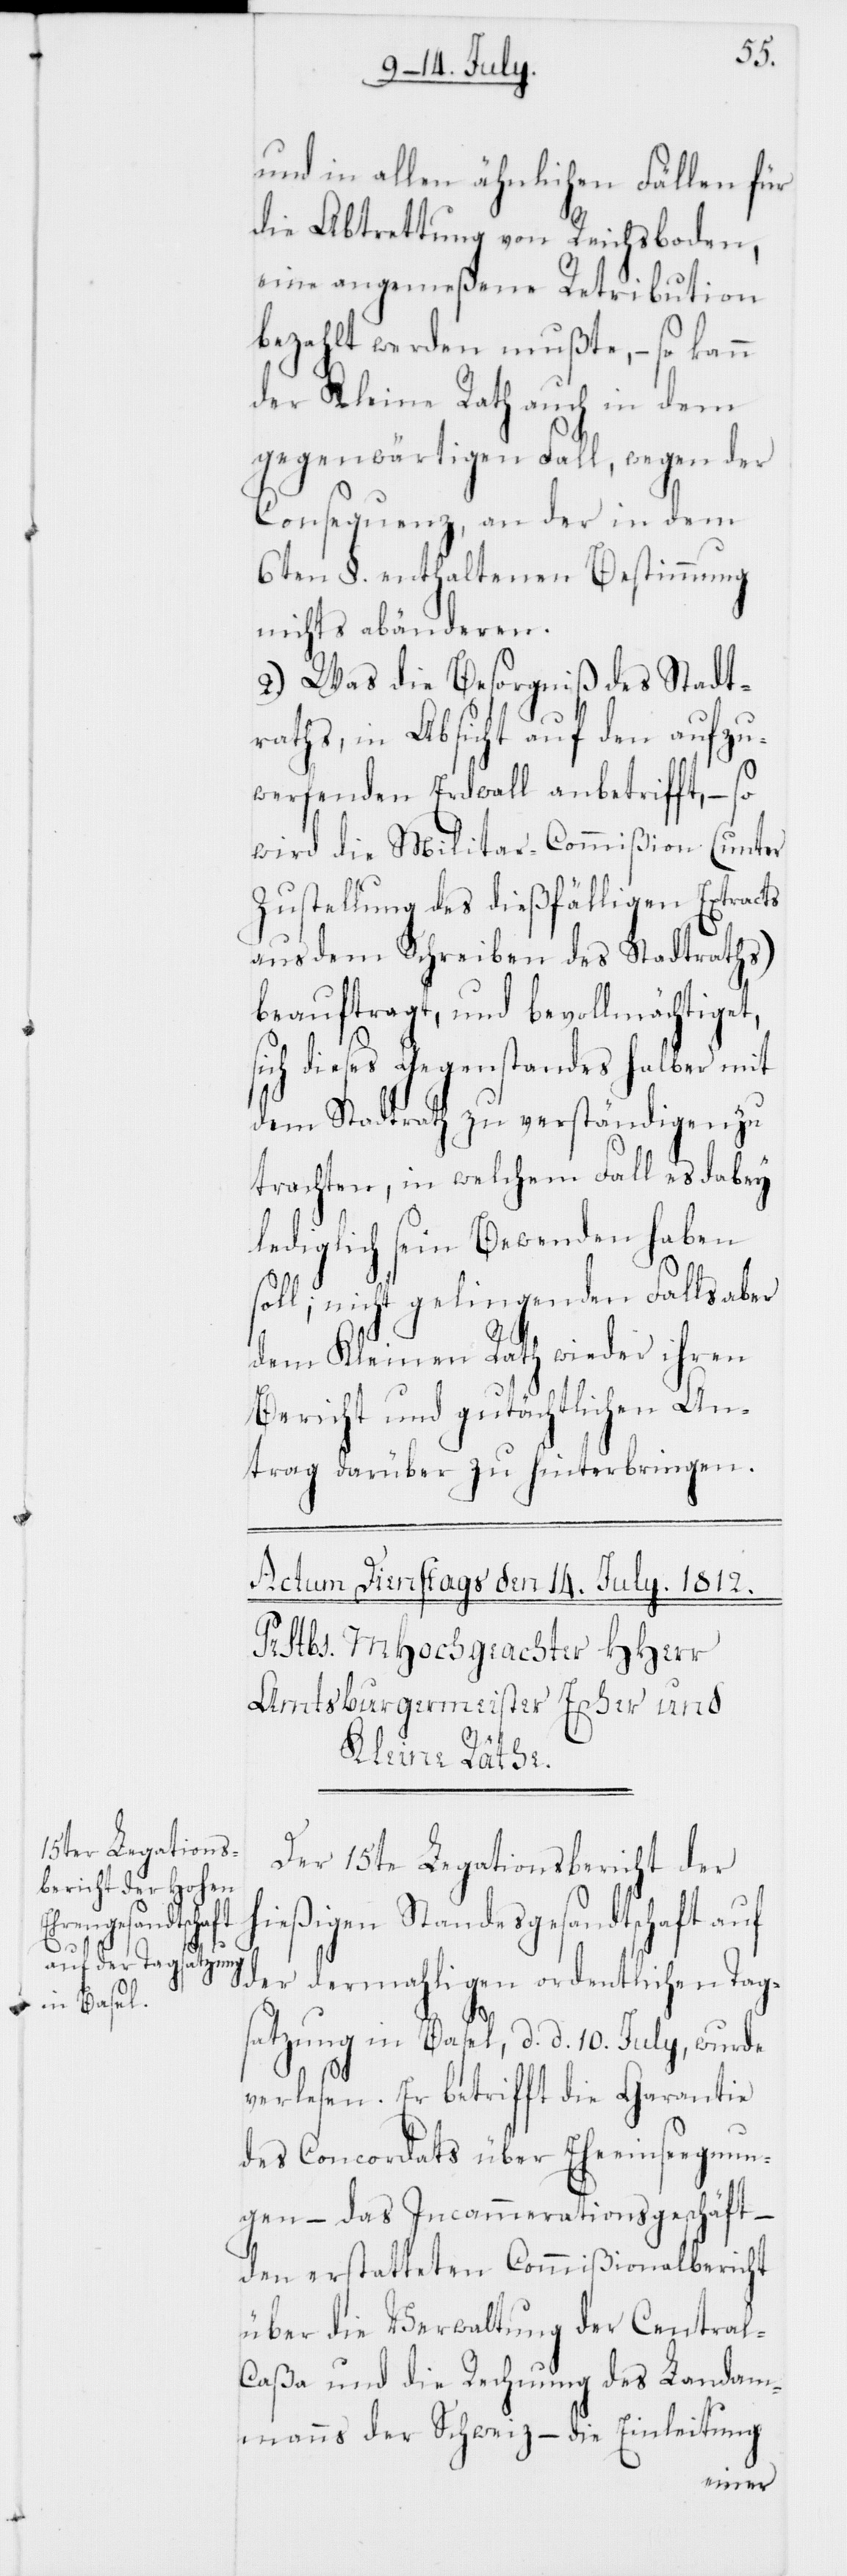
und in allen ähnlichen Fällen für
die Abtrettung von Reichsboden,
eine angemeßene Retribution
bezahlt werden mußte, – so kann
der Kleine Rath auch in dem
gegenwärtigen Fall, wegen der
Consequenz, an der in dem
6ten §. enthaltenen Bestimmung
nichts abänderen.
2.) Was die Besorgniß des Stadt¬
raths, in Absicht auf den aufzu¬
werfenden Erdwall anbetrifft, – so
wird die Militar-Commißion (unter
Zustellung des dießfälligen Extracts
aus dem Schreiben des Stadtraths)
beauftragt, und bevollmächtiget,
sich dieses Gegenstandes halber mit
dem Stadtrath zu verständigen zu
trachten, in welchem Fall es dabey
lediglich sein Bewenden haben
soll; nicht gelingenden Falls aber
dem Kleinen Rath wieder ihren
Bericht und gutächtlichen An¬
trag darüber zu hinterbringen.
Der 15te Legationsbericht der
hießigen Standesgesandtschaft auf
der dermahligen ordentlichen Tag¬
satzung in Basel, d. d. 10ten Julii, wurde
verlesen. Er betrifft die Garantie
des Concordats über Eheeinsegnun¬
gen – das Incammerationsgeschäft –
den erstatteten Commißionalbericht
über die Verwaltung der Centra¬
l-Caßa und die Rechnung des Landam¬
manns der Schweiz – die Einleitung